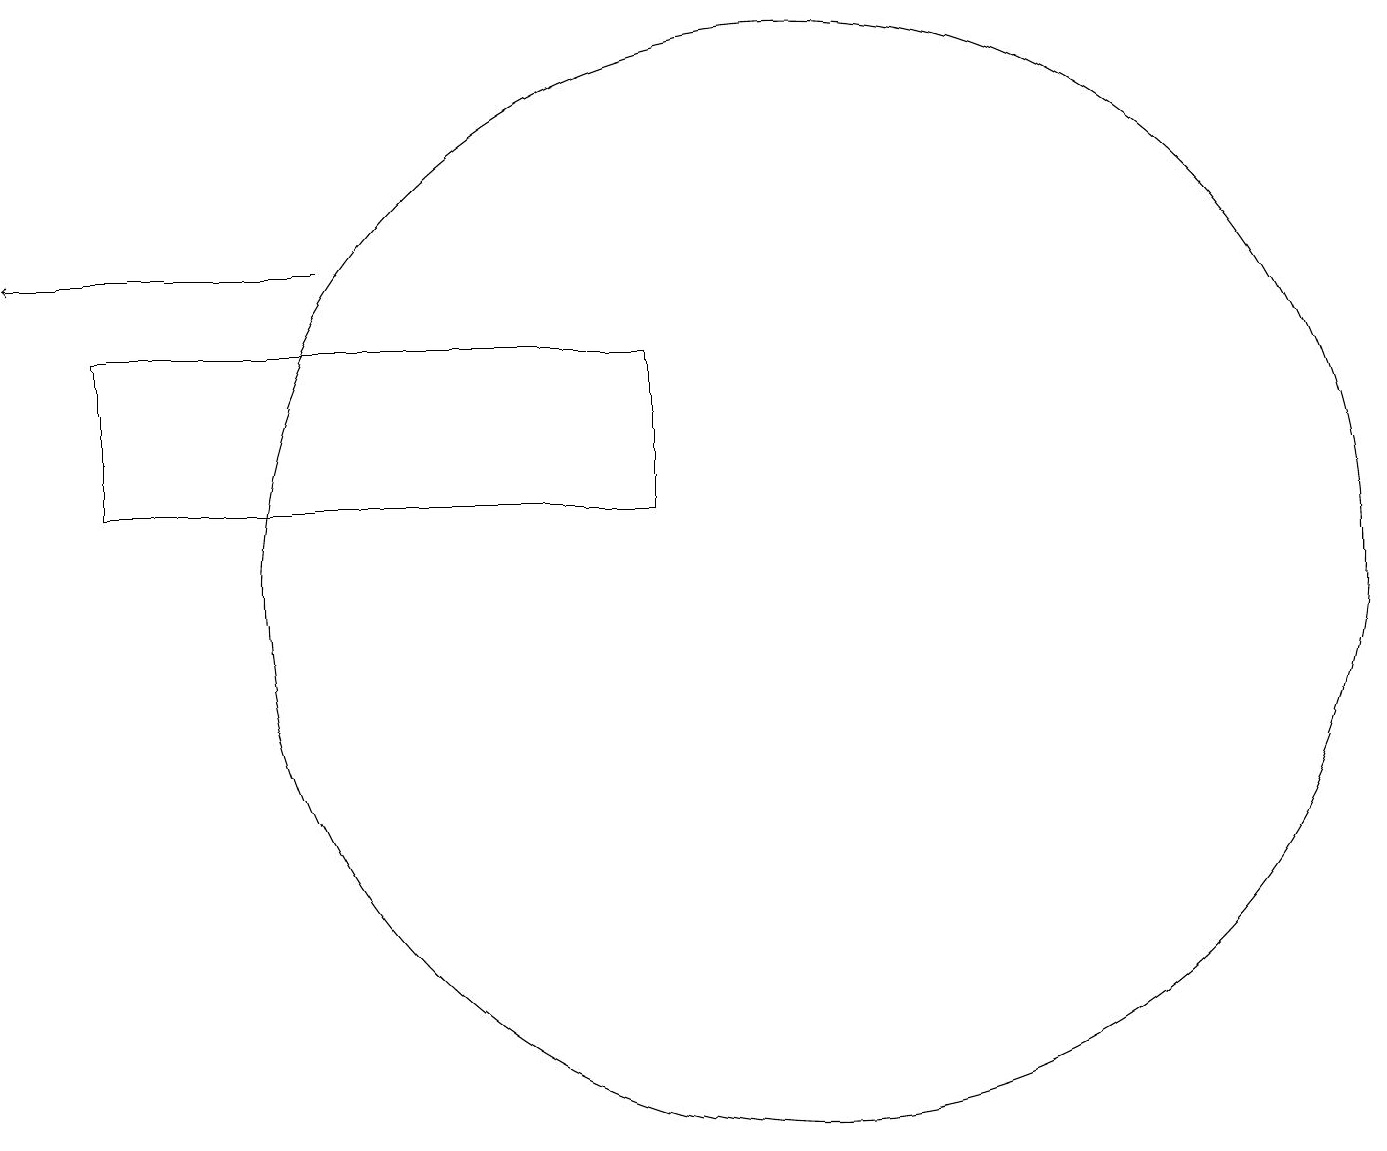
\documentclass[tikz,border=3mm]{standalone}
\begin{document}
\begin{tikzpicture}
\draw[->] (4,15) -- (0,15);
\draw (1,14) rectangle (8,12);
\draw (10,11) circle (7);
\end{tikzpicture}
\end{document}